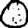
Digit: 0